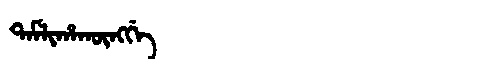
Manchu: ᡨᠠᠮᠯᡳᡥᠠᡴᡡᠩᡤᡝ
Romanization: TAMLIHAKŪNGGE